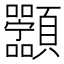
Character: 𬱑